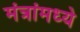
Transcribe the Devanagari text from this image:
मंत्रांमध्ये